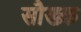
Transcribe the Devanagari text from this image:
सौख्क